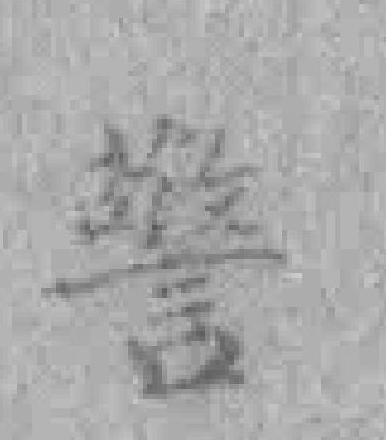
警